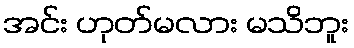
အင်း ဟုတ်မလား မသိဘူး